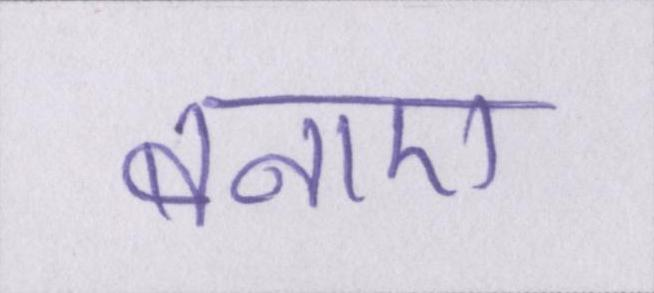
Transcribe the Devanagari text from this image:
बनाए